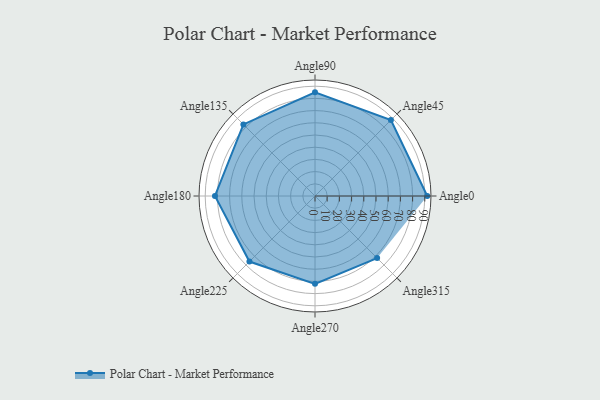
{"axis": {"x": "Angle", "y": "Radius"}, "legend": [""], "data": [{"x": "Angle0", "y": 92.0, "type": ""}, {"x": "Angle45", "y": 88.0, "type": ""}, {"x": "Angle90", "y": 85.0, "type": ""}, {"x": "Angle135", "y": 83.0, "type": ""}, {"x": "Angle180", "y": 82.0, "type": ""}, {"x": "Angle225", "y": 76.0, "type": ""}, {"x": "Angle270", "y": 72.0, "type": ""}, {"x": "Angle315", "y": 72.0, "type": ""}]}